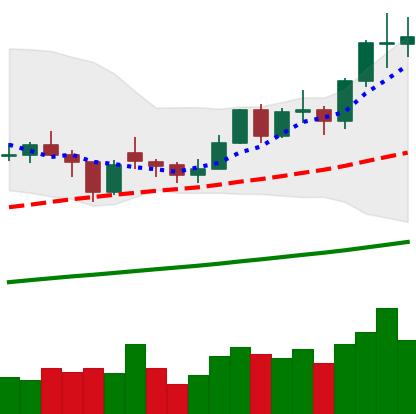
Ticker: LTC-USD
Chart end date: 2021-02-11
Forward return: 14.12%
Label: up_7plus